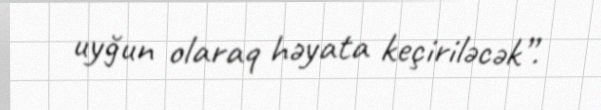
uyğun olaraq həyata keçiriləcək”.